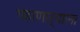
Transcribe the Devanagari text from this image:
पहाणाऱ्याला